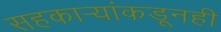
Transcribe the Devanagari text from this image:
सहकार्‍यांकडूनही